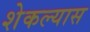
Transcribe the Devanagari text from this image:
शेकल्यास